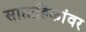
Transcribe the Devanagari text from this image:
साप्ताहिकांवर